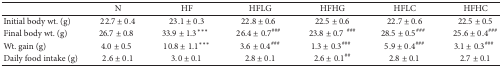
|  | N | HF | HFLG | HFHG | HFLC | HFHC |
 | --- | --- | --- | --- | --- | --- | --- |
 | Initial body wt. (g) | 22.7 ± 0.4 | 23.1 ± 0.3 | 22.8 ± 0.6 | 22.5 ± 0.6 | 22.7 ± 0.6 | 22.5 ± 0.5 |
 | Final body wt. (g) | 26.7 ± 0.8 | 33.9 ± 1.3*** | 26.4 ± 0.7### | 23.8 ± 0.7### | 28.5 ± 0.5### | 25.6 ± 0.4### |
 | Wt. gain (g) | 4.0 ± 0.5 | 10.8 ± 1.1*** | 3.6 ± 0.4### | 1.3 ± 0.3### | 5.9 ± 0.4### | 3.1 ± 0.3### |
 | Daily food intake (g) | 2.6 ± 0.1 | 3.0 ± 0.1 | 2.8 ± 0.1 | 2.6 ± 0.1## | 2.8 ± 0.1 | 2.7 ± 0.1 |